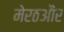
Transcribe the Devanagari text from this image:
मेरठऔर